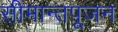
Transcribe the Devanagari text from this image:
सीमान्तपूजन